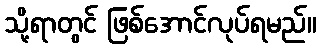
သို့ရာတွင် ဖြစ်အောင်လုပ်ရမည်။